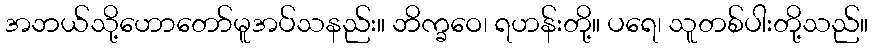
အဘယ်သို့ဟောတော်မူအပ်သနည်း။ ဘိက္ခဝေ၊ ရဟန်းတို့။ ပရေ၊ သူတစ်ပါးတို့သည်။